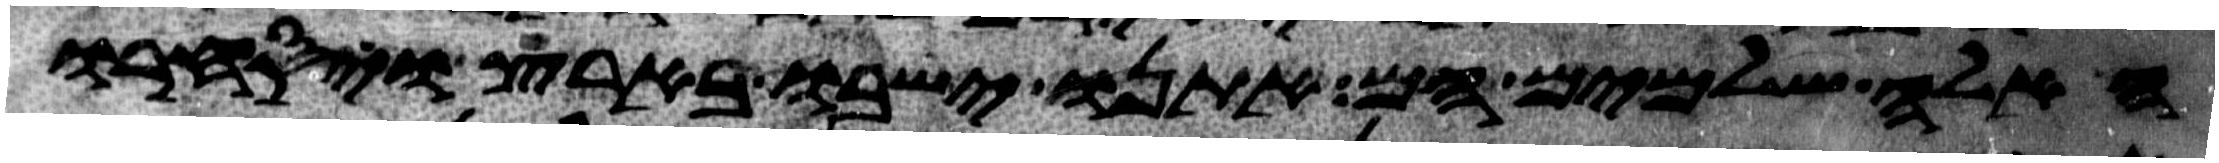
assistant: האלה שלמים הם אתנו ישבו בארץ ויסחרו